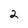
Character: 2